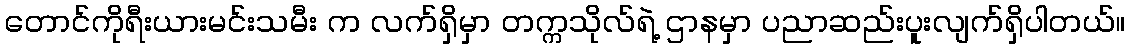
တောင်ကိုရီးယားမင်းသမီး က လက်ရှိမှာ တက္ကသိုလ်ရဲ့ ဌာနမှာ ပညာဆည်းပူးလျက်ရှိပါတယ်။